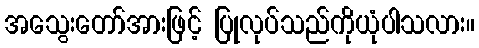
အသွေးတော်အားဖြင့် ပြုလုပ်သည်ကိုယုံပါသလား။